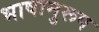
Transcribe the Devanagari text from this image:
भाषानुरूप